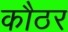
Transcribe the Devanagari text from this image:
कौठर